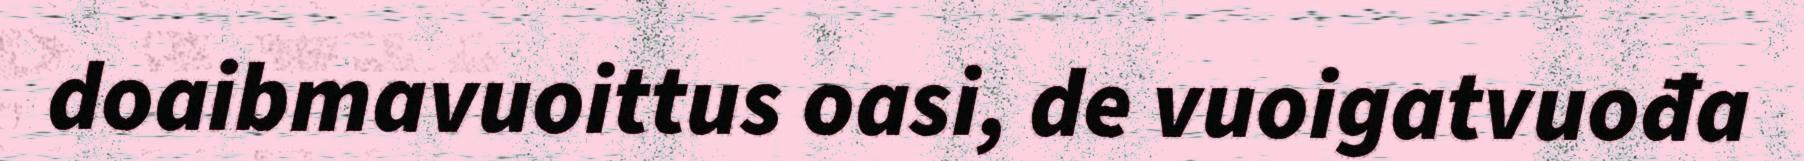
doaibmavuoittus oasi, de vuoigatvuođa